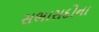
સભાસદોના